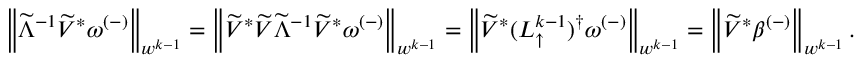
\begin{array} { r } { \left\lVert \widetilde { \Lambda } ^ { - 1 } \widetilde { V } ^ { * } \omega ^ { ( - ) } \right\rVert _ { w ^ { k - 1 } } = \left\lVert \widetilde { V } ^ { * } \widetilde { V } \widetilde { \Lambda } ^ { - 1 } \widetilde { V } ^ { * } \omega ^ { ( - ) } \right\rVert _ { w ^ { k - 1 } } = \left\lVert \widetilde { V } ^ { * } ( L _ { \uparrow } ^ { k - 1 } ) ^ { \dagger } \omega ^ { ( - ) } \right\rVert _ { w ^ { k - 1 } } = \left\lVert \widetilde { V } ^ { * } \beta ^ { ( - ) } \right\rVert _ { w ^ { k - 1 } } . } \end{array}